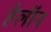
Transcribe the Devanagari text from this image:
हेलॉन